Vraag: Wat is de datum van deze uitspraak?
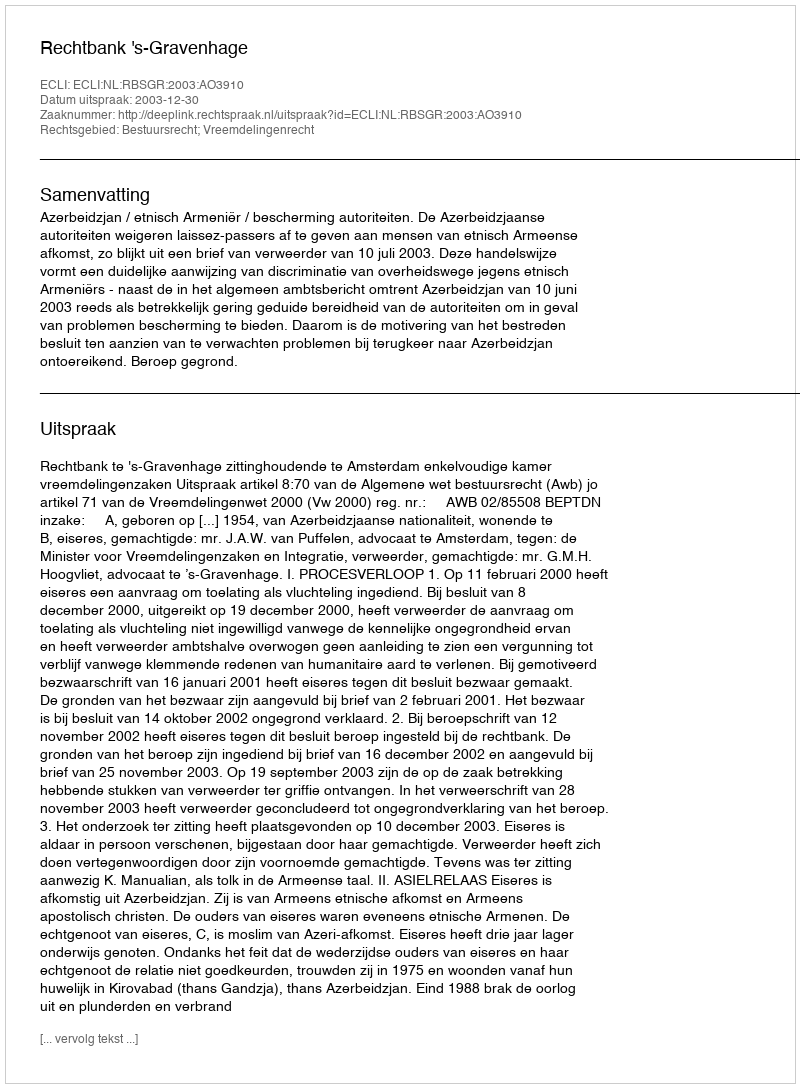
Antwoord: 2003-12-30